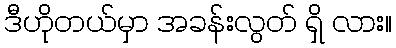
ဒီဟိုတယ်မှာ အခန်းလွတ် ရှိ လား။